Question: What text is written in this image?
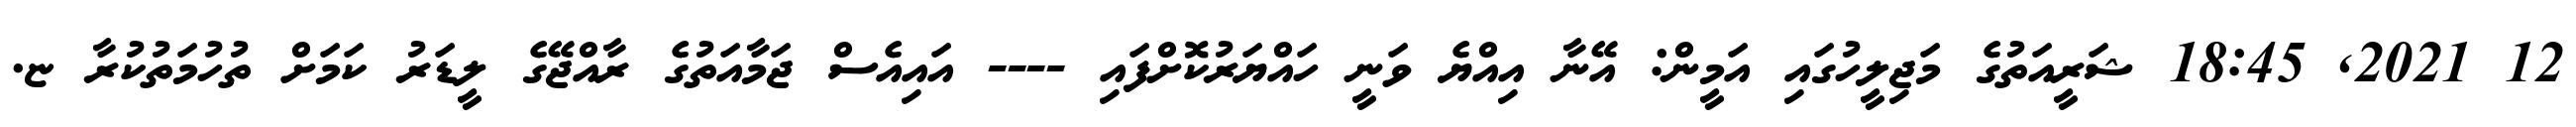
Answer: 12 2021, 18:45 ޝަރީއަތުގެ މަޖިލީހުގައި އަމީން: އޭނާ އިއްޔެ ވަނީ ހައްޔަރުކޮށްފައި ---- އައިއެސް ޖަމާއަތުގެ ރާއްޖޭގެ ލީޑަރު ކަމަށް ތުހުމަތުކުރާ ޏ.